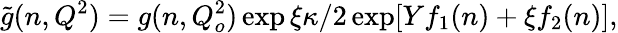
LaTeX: \widetilde{g}(n,Q^{2})=g(n,Q_{o}^{2})\exp\xi\kappa/2\exp[Yf_{1}(n)+\xi f_{2}(n)],